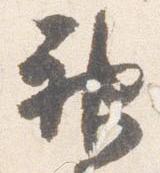
神